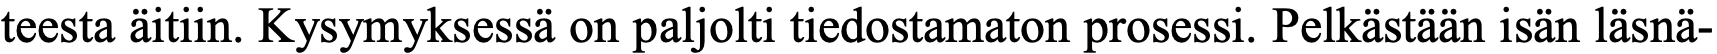
teesta äitiin. Kysymyksessä on paljolti tiedostamaton prosessi. Pelkästään isän läsnä-